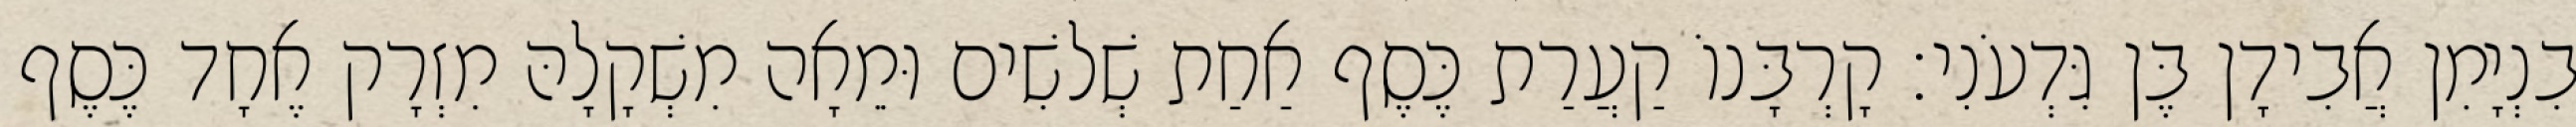
בִנְיָמִן אֲבִידָן בֶּן גִּדְעֹנִי׃ קָרְבָּנוֹ קַעֲרַת כֶּסֶף אַחַת שְׁלשִׁים וּמֵאָה מִשְׁקָלָהּ מִזְרָק אֶחָד כֶּסֶף